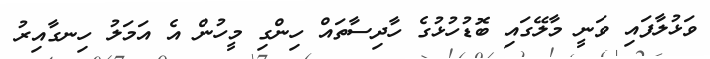
ވަޅުލާފައި ވަނީ މާލޭގައި ބޮޑުހުޅުގެ ހާދިސާތައް ހިންގި މީހުން އެ އަމަލު ހިނގާއިރު